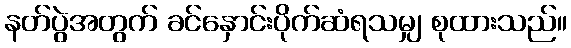
နတ်ပွဲအတွက် ခင်နှောင်းပိုက်ဆံရသမျှ စုထားသည်။